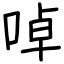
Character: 啅